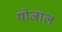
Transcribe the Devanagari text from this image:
योजाल